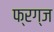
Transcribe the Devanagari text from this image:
फ्रग्ज